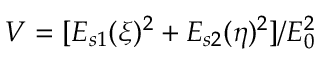
V = [ E _ { s 1 } ( \xi ) ^ { 2 } + E _ { s 2 } ( \eta ) ^ { 2 } ] / E _ { 0 } ^ { 2 }